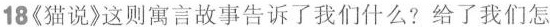
18《猫说》这则寓言故事告诉了我们什么?给了我们怎